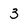
Character: 3